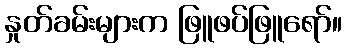
နှုတ်ခမ်းများက ဖြူဖပ်ဖြူရော်။